Scottish Leaving Certificate Examination, 1951
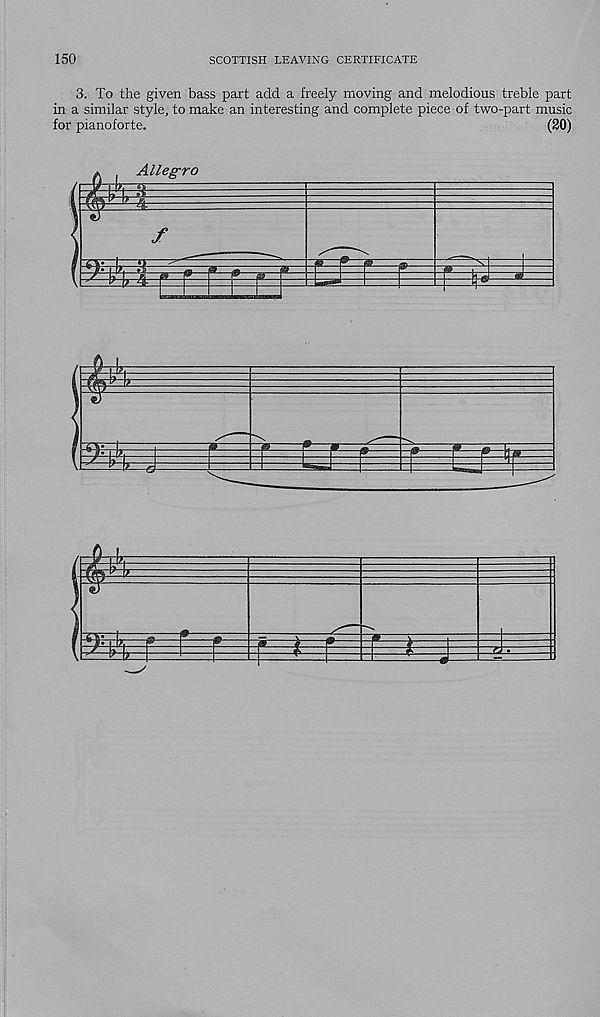
150
SCOTTISH LEAVING CERTIFICATE
3. To the given bass part add a freely moving and melodious treble part
in a similar style, to make an interesting and complete piece of two-part music
for pianoforte,
(20)
Allegro
f